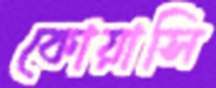
কোয়াসি